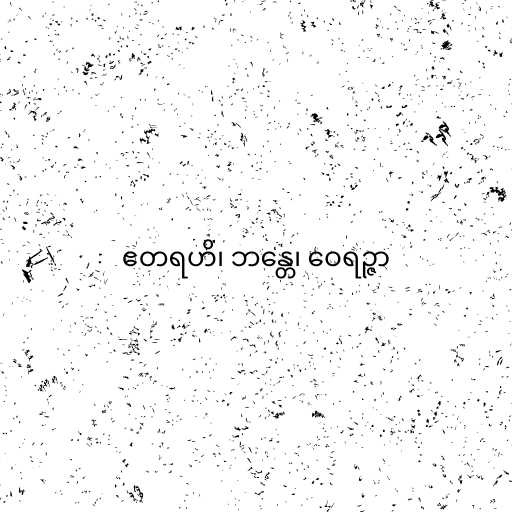
ဧတရဟိ၊ ဘန္တေ၊ ဝေရဉ္ဇာ